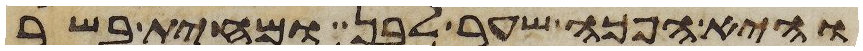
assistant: והיא הפך שער לבן ומחית בשר